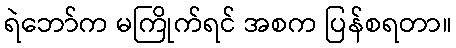
ရဲဘော်က မကြိုက်ရင် အစက ပြန်စရတာ။